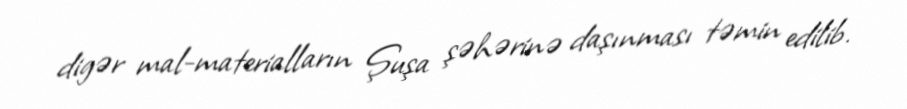
digər mal-materialların Şuşa şəhərinə daşınması təmin edilib.